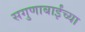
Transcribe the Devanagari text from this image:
सगुणाबाईंच्या